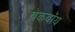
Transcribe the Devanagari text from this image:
ब्रेकबॉय